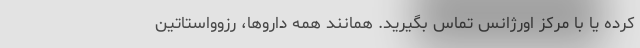
کرده یا با مرکز اورژانس تماس بگیرید. همانند همه داروها، رزوواستاتین